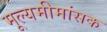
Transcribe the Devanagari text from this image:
मूल्यमीमांसक